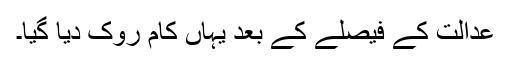
عدالت کے فیصلے کے بعد یہاں کام روک دیا گیا۔